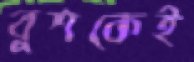
বুশকেই